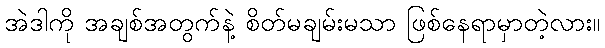
အဲဒါကို အချစ်အတွက်နဲ့ စိတ်မချမ်းမသာ ဖြစ်နေရာမှာတဲ့လား။